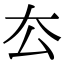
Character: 厺